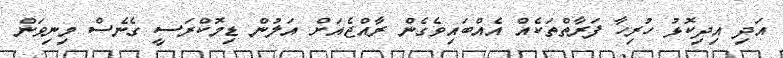
އަދި އިދިކޮޅު ހުރިހާ ފަރާތްތަކެއް އެއްބައިވެގެން ރާއްޖެއަށް އަލުން ޑިމޮކްރަސީ ގެނެސް މިނިވަން